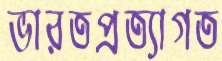
ভারতপ্রত্যাগত